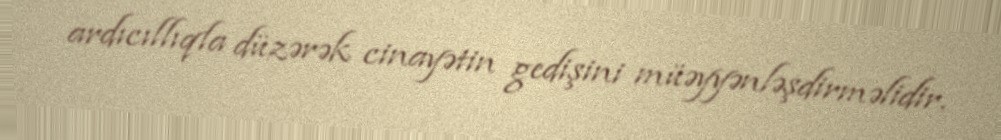
ardıcıllıqla düzərək cinayətin gedişini müəyyənləşdirməlidir.